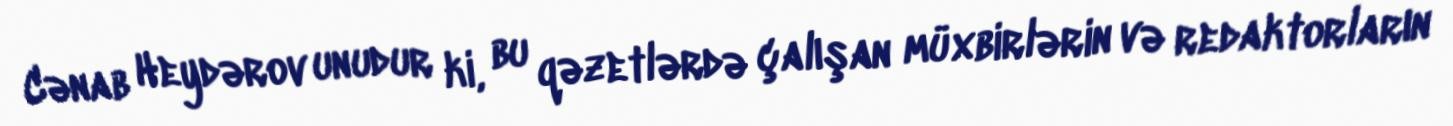
Cənab Heydərov unudur ki, bu qəzetlərdə çalışan müxbirlərin və redaktorların